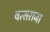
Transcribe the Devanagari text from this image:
वत्सराजा